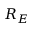
R _ { E }